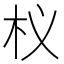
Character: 𭩚